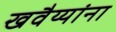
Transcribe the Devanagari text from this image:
खवैय्यांना